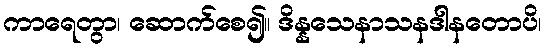
ကာရေတွာ၊ ဆောက်စေ၍။ ဒိန္နသေနာသနဒါနတောပိ၊